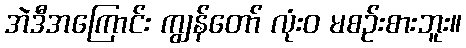
အဲဒီအကြောင်း ကျွန်တော် လုံးဝ မစဉ်းစားဘူး။